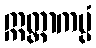
ဣတ္ထာကပ္ပံ